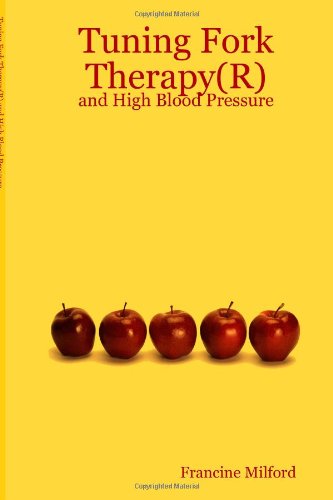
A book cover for Tuning Fork Therapy(R): and High Blood Pressure; Francine Milford; Health, Fitness & Dieting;